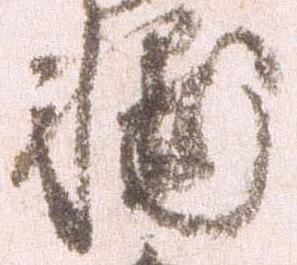
輔